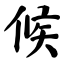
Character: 候